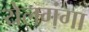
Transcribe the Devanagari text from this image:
येलगंगा